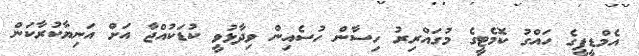
އެމްޑީޕީގެ ހައްގު ކޮމެޓީގެ މުގައްރިރު ހިސާން ހުސެއިން ވިދާޅުވީ ކުޑަކުއްޖާ އަށް އަނިޔާކުރާކަން